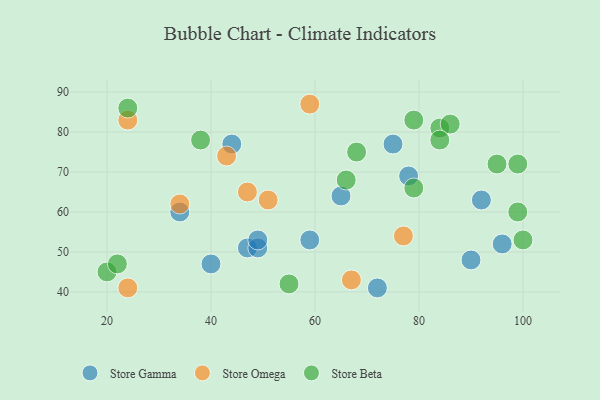
{"axis": {"x": "GDP", "y": "Life Expectancy"}, "legend": ["Store Beta", "Store Gamma", "Store Omega"], "data": [{"x": "92", "y": 63, "type": "Store Gamma"}, {"x": "65", "y": 64, "type": "Store Gamma"}, {"x": "90", "y": 48, "type": "Store Gamma"}, {"x": "75", "y": 77, "type": "Store Gamma"}, {"x": "59", "y": 53, "type": "Store Gamma"}, {"x": "47", "y": 51, "type": "Store Gamma"}, {"x": "49", "y": 51, "type": "Store Gamma"}, {"x": "78", "y": 69, "type": "Store Gamma"}, {"x": "34", "y": 60, "type": "Store Gamma"}, {"x": "44", "y": 77, "type": "Store Gamma"}, {"x": "96", "y": 52, "type": "Store Gamma"}, {"x": "40", "y": 47, "type": "Store Gamma"}, {"x": "72", "y": 41, "type": "Store Gamma"}, {"x": "49", "y": 53, "type": "Store Gamma"}, {"x": "59", "y": 87, "type": "Store Omega"}, {"x": "67", "y": 43, "type": "Store Omega"}, {"x": "77", "y": 54, "type": "Store Omega"}, {"x": "34", "y": 62, "type": "Store Omega"}, {"x": "47", "y": 65, "type": "Store Omega"}, {"x": "24", "y": 83, "type": "Store Omega"}, {"x": "43", "y": 74, "type": "Store Omega"}, {"x": "24", "y": 41, "type": "Store Omega"}, {"x": "51", "y": 63, "type": "Store Omega"}, {"x": "100", "y": 53, "type": "Store Beta"}, {"x": "79", "y": 66, "type": "Store Beta"}, {"x": "84", "y": 81, "type": "Store Beta"}, {"x": "86", "y": 82, "type": "Store Beta"}, {"x": "99", "y": 72, "type": "Store Beta"}, {"x": "38", "y": 78, "type": "Store Beta"}, {"x": "55", "y": 42, "type": "Store Beta"}, {"x": "66", "y": 68, "type": "Store Beta"}, {"x": "99", "y": 60, "type": "Store Beta"}, {"x": "20", "y": 45, "type": "Store Beta"}, {"x": "22", "y": 47, "type": "Store Beta"}, {"x": "79", "y": 83, "type": "Store Beta"}, {"x": "84", "y": 78, "type": "Store Beta"}, {"x": "24", "y": 86, "type": "Store Beta"}, {"x": "68", "y": 75, "type": "Store Beta"}, {"x": "95", "y": 72, "type": "Store Beta"}]}